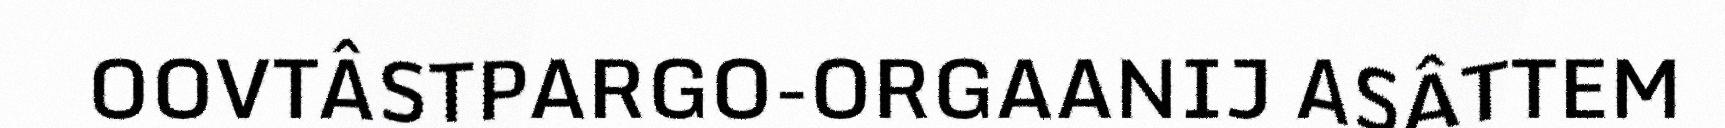
OOVTÂSTPARGO-ORGAANIJ ASÂTTEM